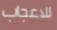
للاعجاب